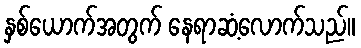
နှစ်ယောက်အတွက် နေရာဆံ့လောက်သည်။